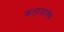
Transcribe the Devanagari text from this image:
कलाजाणीव